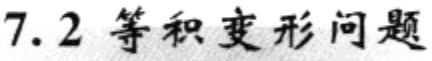
7.2 等积变形问题